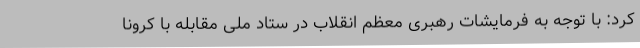
کرد: با توجه به فرمایشات رهبری معظم انقلاب در ستاد ملی مقابله با کرونا